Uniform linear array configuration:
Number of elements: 32
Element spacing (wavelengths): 0.5
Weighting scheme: cosine
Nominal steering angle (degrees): -30
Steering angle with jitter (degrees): -28.622
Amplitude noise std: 0.05
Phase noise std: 0.05

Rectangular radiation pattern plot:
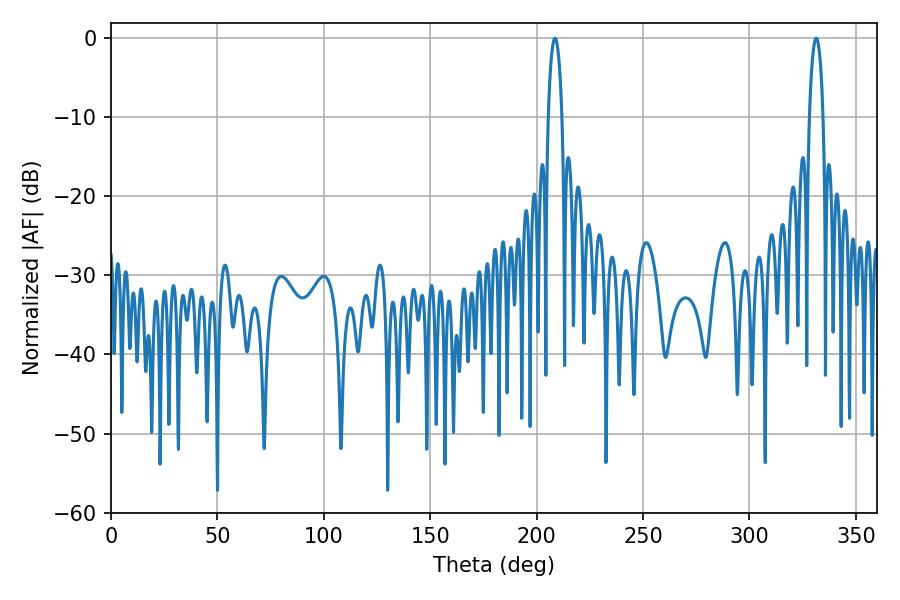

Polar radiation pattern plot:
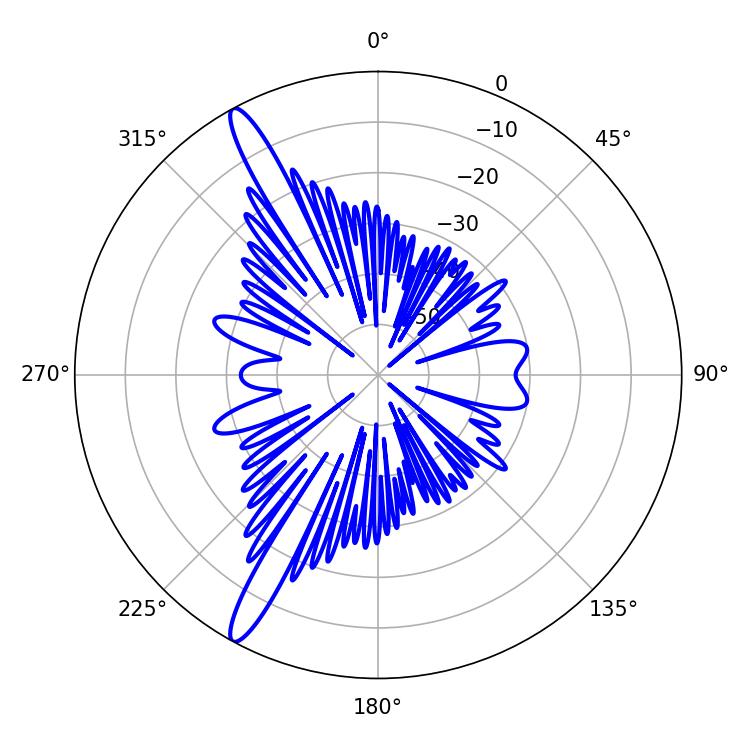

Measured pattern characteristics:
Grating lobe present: FALSE
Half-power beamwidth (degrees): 3.6
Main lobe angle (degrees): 208.62